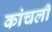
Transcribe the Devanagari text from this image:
कांचली